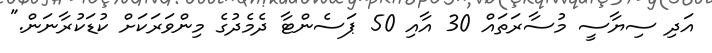
އަދި ސިޔާސީ މުސާރަތައް 30 އާއި 50 ޕަސެންޓާ ދެމެދުގެ މިންވަރަކަށް ކުޑަކުރާނަން."